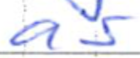
Text: as
Cross-out: clean
Writing tool: ballpoint